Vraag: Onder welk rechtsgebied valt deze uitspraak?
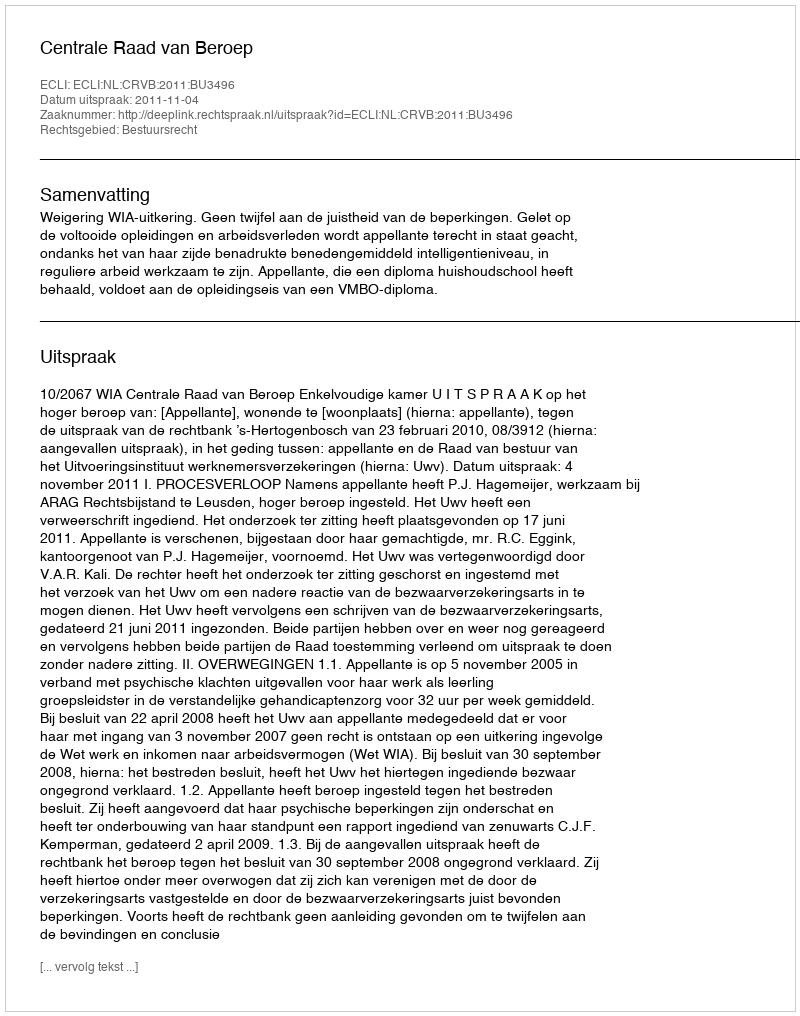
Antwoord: Bestuursrecht